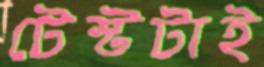
টেস্টটাই